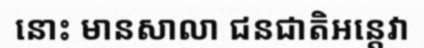
នោះ មានសាលា ជនជាតិអន្តេវា